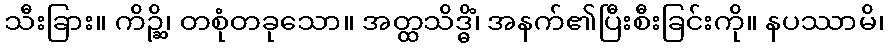
သီးခြား။ ကိဉ္ဆိ၊ တစုံတခုသော။ အတ္ထသိဒ္ဓိံ၊ အနက်၏ပြီးစီးခြင်းကို။ နပဿာမိ၊